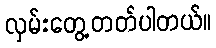
လှမ်းတွေ့တတ်ပါတယ်။